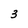
Character: 3